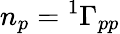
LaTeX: n_{p}={^{1}\Gamma}_{pp}